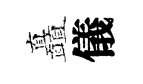
矗儀